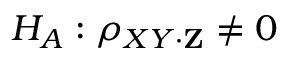
H _ { A } : \rho _ { X Y \cdot \mathbf { Z } } \neq 0